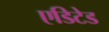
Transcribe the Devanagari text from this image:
एडिटेड